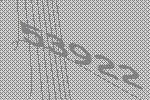
53922